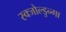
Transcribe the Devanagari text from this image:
स्क्जोल्डुन्गा